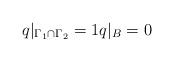
LaTeX: \begin{align*}q|_{\Gamma_1 \cap \Gamma_2} = 1 q|_{B} =0\end{align*}